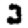
Digit: 3